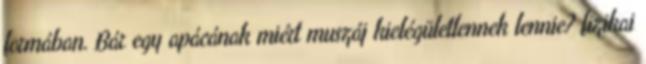
formában. Bár egy apácának miért muszáj kielégületlennek lennie? fizikai